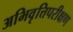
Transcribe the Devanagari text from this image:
अभिवृत्तिपरीक्षण